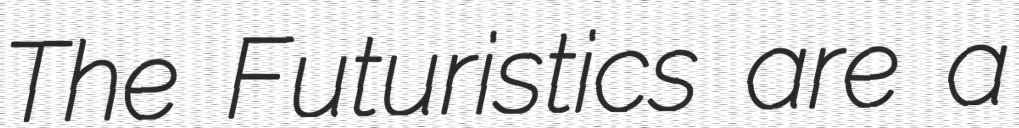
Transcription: The Futuristics are a